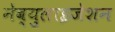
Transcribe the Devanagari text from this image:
नेब्युलाइजेशन